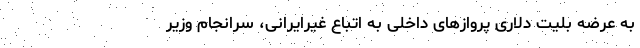
به عرضه بلیت دلاری پروازهای داخلی به اتباع غیرایرانی، سرانجام وزیر